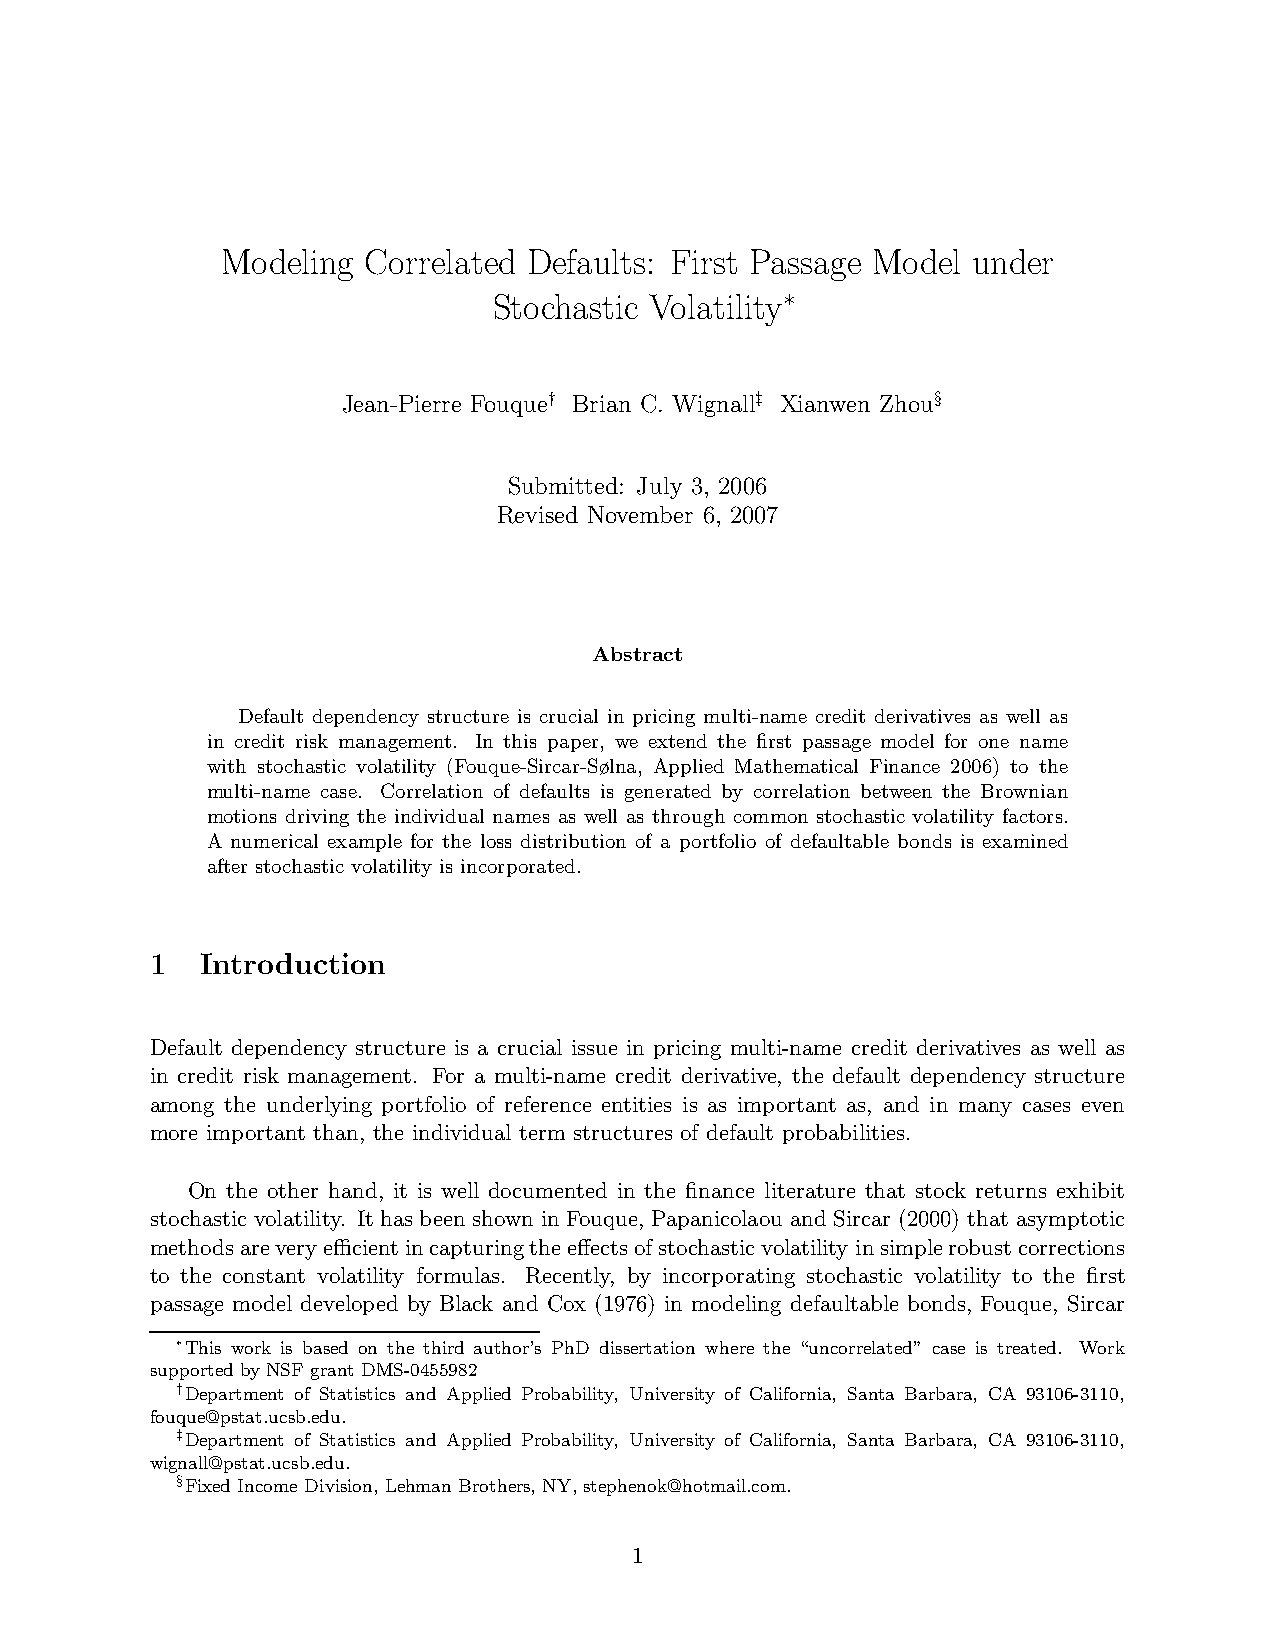
Modeling Correlated Defaults: First Passage Model under
 Stochastic Volatility
 ∗
 Jean-Pierre Fouque† Brian C. Wignall‡ Xianwen Zhou§
 Submitted: July 3, 2006
 Revised November 6, 2007
 Abstract
 Default dependency structure is crucial in pricing multi-name credit derivatives as well as
 in credit risk management. In this paper, we extend the first passage model for one name
 with stochastic volatility (Fouque-Sircar-Sølna, Applied Mathematical Finance 2006) to the
 multi-name case. Correlation of defaults is generated by correlation between the Brownian
 motions driving the individual names as well as through common stochastic volatility factors.
 A numerical example for the loss distribution of a portfolio of defaultable bonds is examined
 after stochastic volatility is incorporated.
 1  Introduction
 Default dependency structure is a crucial issue in pricing multi-name credit derivatives as well as
 in credit risk management. For a multi-name credit derivative, the default dependency structure
 among the underlying portfolio of reference entities is as important as, and in many cases even
 more important than, the individual term structures of default probabilities.
 On the other hand, it is well documented in the finance literature that stock returns exhibit
 stochastic volatility. It has been shown in Fouque, Papanicolaou and Sircar (2000) that asymptotic
 methodsareveryefficientincapturingtheeffectsofstochasticvolatility insimplerobustcorrections
 to the constant volatility formulas. Recently, by incorporating stochastic volatility to the first
 passage model developed by Black and Cox (1976) in modeling defaultable bonds, Fouque, Sircar
 ∗This work is based on the third author’s PhD dissertation where the “uncorrelated” case is treated. Work
 supported by NSFgrant DMS-0455982
 †Department of Statistics and Applied Probability, University of California, Santa Barbara, CA 93106-3110,
 fouque@pstat.ucsb.edu.
 ‡Department of Statistics and Applied Probability, University of California, Santa Barbara, CA 93106-3110,
 wignall@pstat.ucsb.edu.
 §Fixed IncomeDivision, Lehman Brothers, NY,stephenok@hotmail.com.
 1